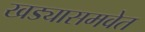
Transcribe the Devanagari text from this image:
खड्यासमवेत